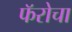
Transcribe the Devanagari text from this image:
फॅरोचा